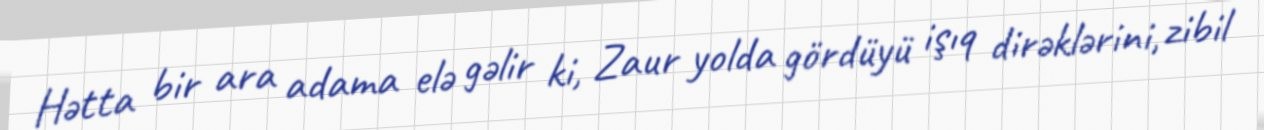
Hətta bir ara adama elə gəlir ki, Zaur yolda gördüyü işıq dirəklərini, zibil